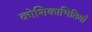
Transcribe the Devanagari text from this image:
कोशिकाभित्तियाँ